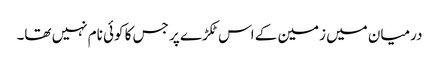
درمیان میں زمین کے اس ٹکڑے پر جس کا کوئی نام نہیں تھا۔